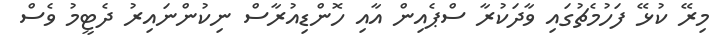
މިރޭ ކުޅޭ ފަހުމެޗުގައި ވާދަކުރާ ސްޕެއިން އާއި ހޮންޑިއުރާސް ނިކުންނައިރު ދެޓީމު ވެސް